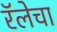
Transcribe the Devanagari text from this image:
रॅलेचा